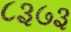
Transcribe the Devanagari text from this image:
८३७३